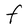
Character: F